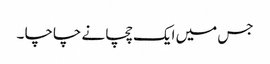
جس میں ایک چچا نے چاچا ۔